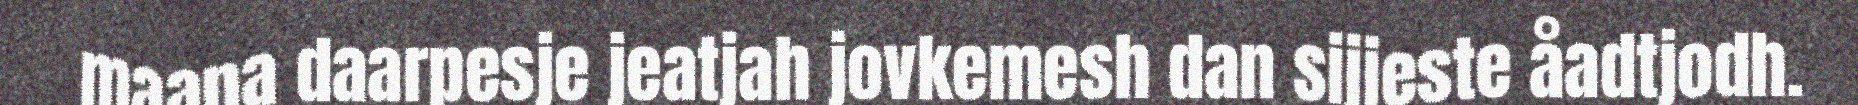
maana daarpesje jeatjah jovkemesh dan sijjeste åadtjodh.